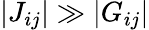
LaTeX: |J_{ij}|\gg|G_{ij}|